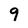
Character: 9